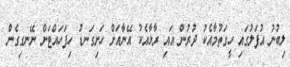
ލިބުނު އުފަލުގައި ހީގަތުމާއެކު ދުރުން އައި ރާޅާއެކު އޭނާއަށް ހަށިގަނޑު ހިފަހައްޓަން ނޭނގިގެން